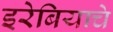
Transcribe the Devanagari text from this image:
इरेबियाचे